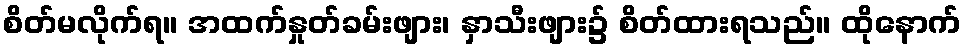
စိတ်မလိုက်ရ။ အထက်နှုတ်ခမ်းဖျား၊ နှာသီးဖျား၌ စိတ်ထားရသည်။ ထိုနောက်